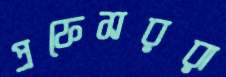
প্রফেসররা